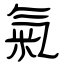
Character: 氣